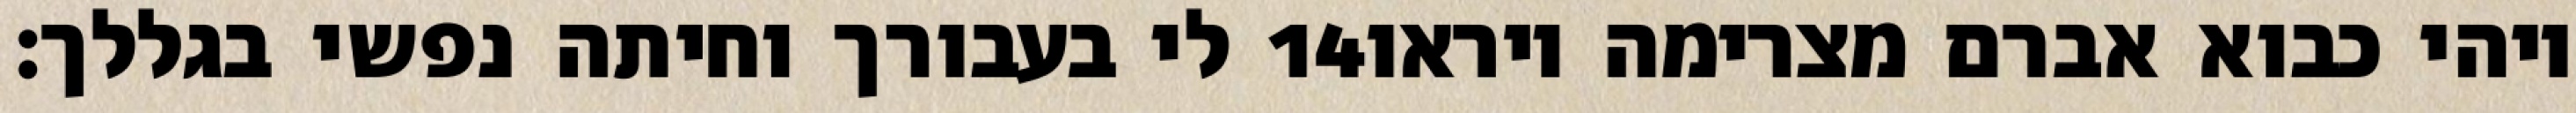
לי בעבורך וחיתה נפשי בגללך׃ ‎14‏ ויהי כבוא אברם מצרימה ויראו